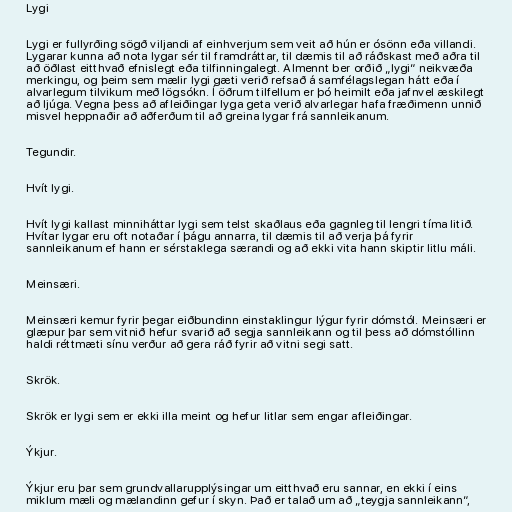
Lygi

Lygi er fullyrðing sögð viljandi af einhverjum sem veit að hún er ósönn eða villandi.
Lygarar kunna að nota lygar sér til framdráttar, til dæmis til að ráðskast með aðra til
að öðlast eitthvað efnislegt eða tilfinningalegt. Almennt ber orðið „lygi“ neikvæða
merkingu, og þeim sem mælir lygi gæti verið refsað á samfélagslegan hátt eða í
alvarlegum tilvikum með lögsókn. Í öðrum tilfellum er þó heimilt eða jafnvel æskilegt
að ljúga. Vegna þess að afleiðingar lyga geta verið alvarlegar hafa fræðimenn unnið
misvel heppnaðir að aðferðum til að greina lygar frá sannleikanum.

Tegundir.

Hvít lygi.

Hvít lygi kallast minniháttar lygi sem telst skaðlaus eða gagnleg til lengri tíma litið.
Hvítar lygar eru oft notaðar í þágu annarra, til dæmis til að verja þá fyrir
sannleikanum ef hann er sérstaklega særandi og að ekki vita hann skiptir litlu máli.

Meinsæri.

Meinsæri kemur fyrir þegar eiðbundinn einstaklingur lýgur fyrir dómstól. Meinsæri er
glæpur þar sem vitnið hefur svarið að segja sannleikann og til þess að dómstóllinn
haldi réttmæti sínu verður að gera ráð fyrir að vitni segi satt.

Skrök.

Skrök er lygi sem er ekki illa meint og hefur litlar sem engar afleiðingar.

Ýkjur.

Ýkjur eru þar sem grundvallarupplýsingar um eitthvað eru sannar, en ekki í eins
miklum mæli og mælandinn gefur í skyn. Það er talað um að „teygja sannleikann“,